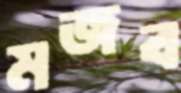
মজব